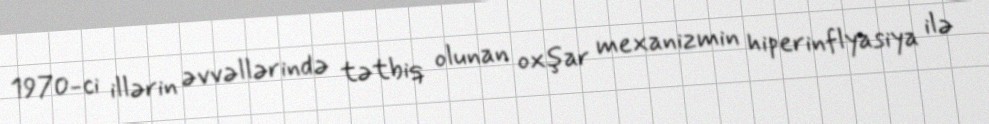
1970-ci illərin əvvəllərində tətbiq olunan oxşar mexanizmin hiperinflyasiya ilə